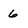
Character: 6